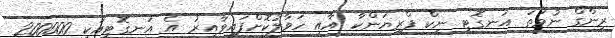
ރިންގް ނުވަތަ އަނގޮޓި ނިކް ޕްރިޔަންކާ އާއި ހަވާލުކޮށްފައިވާއިރު އެ އަނގޮޓިއަކީ 200000